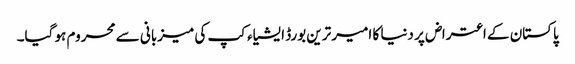
پاکستان کے اعتراض پر دنیا کا امیر ترین بورڈ ایشیاء کپ کی میزبانی سے محروم ہو گیا۔